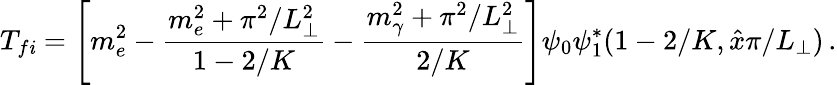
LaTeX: T_{f\mathit{i}}=\left[m_{e}^{2}-\frac{{m_{e}^{2}+\pi^{2}/L_{\perp}^{2}}}{{1-2/K}}-\frac{{m_{\gamma}^{2}+\pi^{2}/L_{\perp}^{2}}}{{2/K}}\right]\psi_{0}\psi_{1}^{*}(1-2/K,\hat{{x}}\pi/L_{\perp})\, .